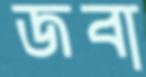
জবা